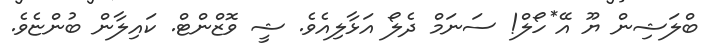
ބްލަޝިން ޔޫ އޭ*ހޯލް! ސަނަމް ދެލޯ އަޅާލިއެވެ. ޝީ ވޮޒްންޓް. ކައިލާން ބުންޏެވެ.